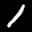
Label: 1